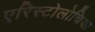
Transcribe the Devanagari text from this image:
एरिस्टोलोचिया